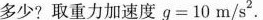
多少?取重力加速度$$g = 1 0 m / s ^ { 2 }$$.